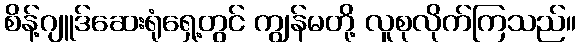
စိန့်ဂျူဒ်ဆေးရုံရှေ့တွင် ကျွန်မတို့ လူစုလိုက်ကြသည်။